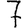
Digit: 7